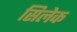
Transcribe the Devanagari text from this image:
सिलेक